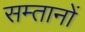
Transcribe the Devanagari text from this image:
सम्तानों